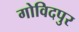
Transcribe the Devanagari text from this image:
गोविदपुर